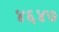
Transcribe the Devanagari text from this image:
४६४७